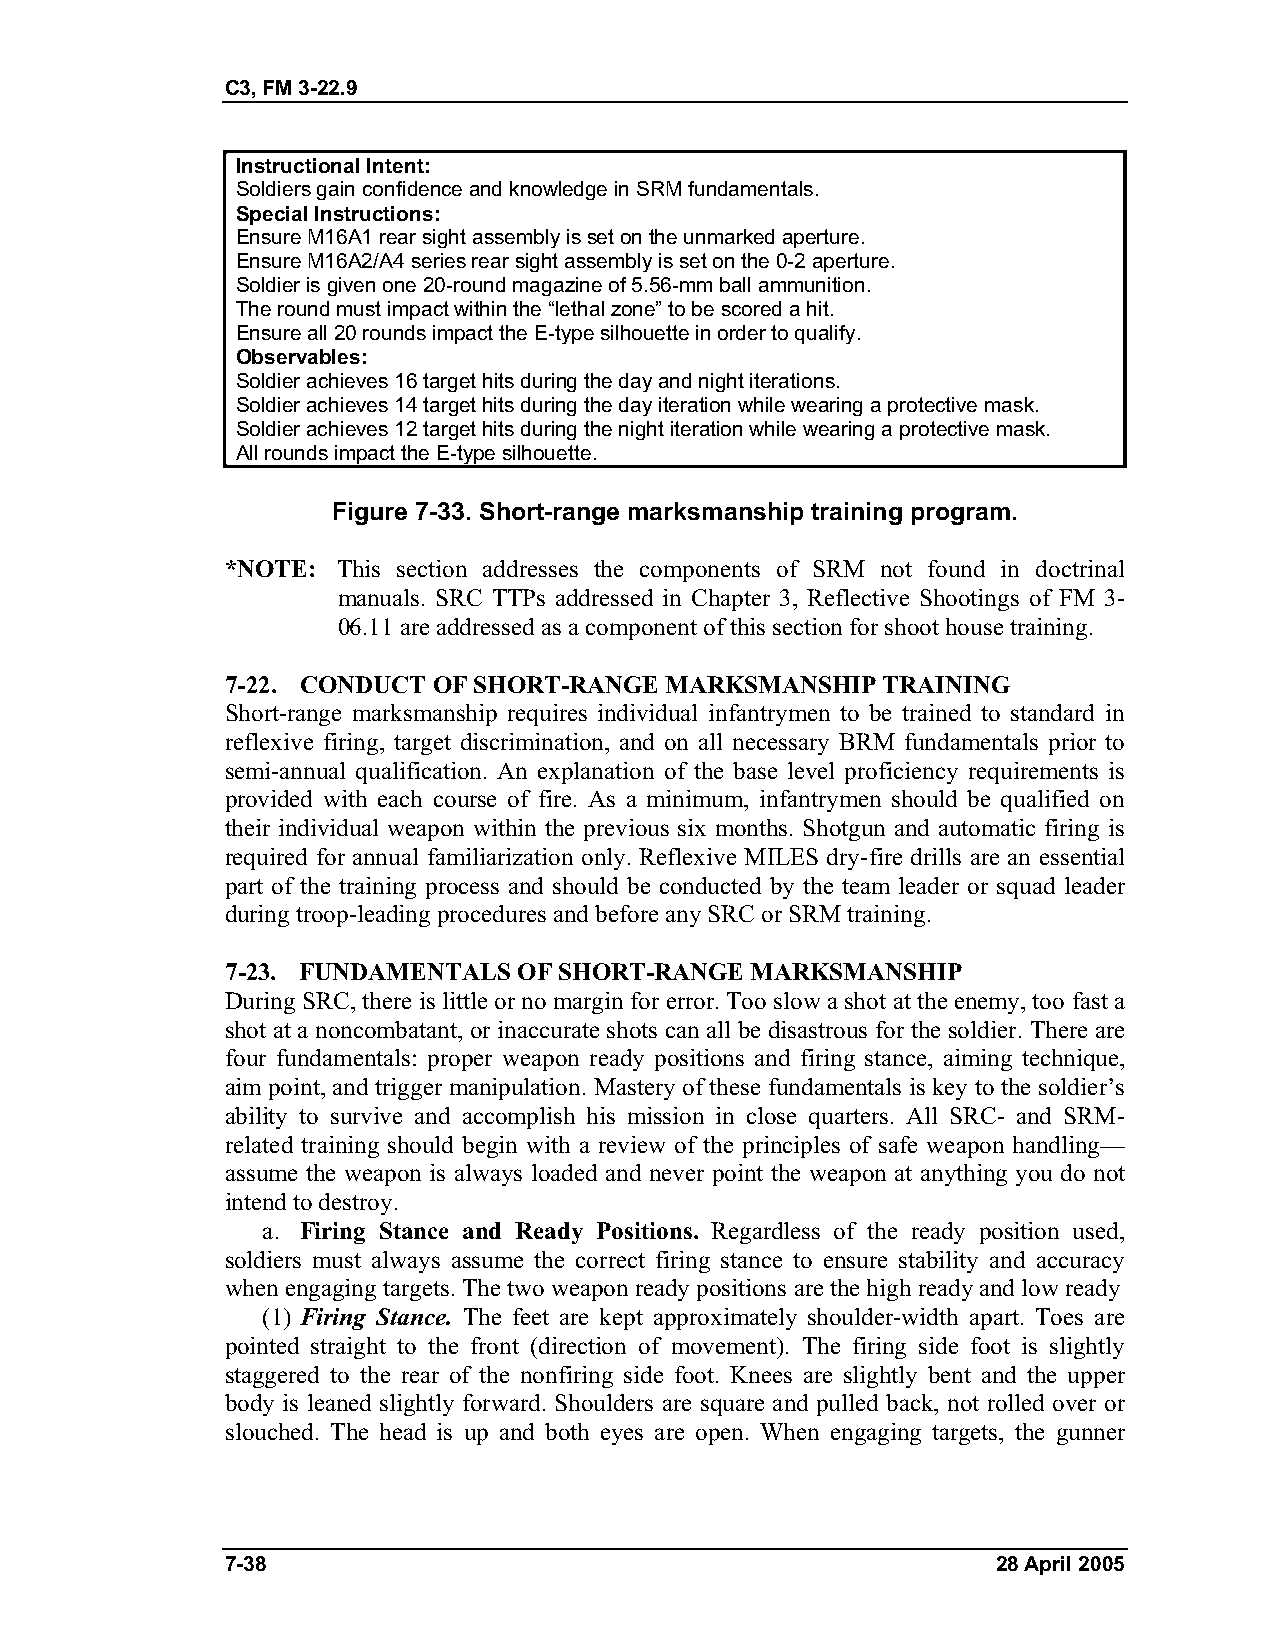
C3, FM 3-22.9
 Instructional Intent:
 Soldiers gain confidence and knowledge in SRM fundamentals.
 Special Instructions:
 Ensure M16A1 rear sight assembly is set on the unmarked aperture.
 Ensure M16A2/A4 series rear sight assembly is set on the 0-2 aperture.
 Soldier is given one 20-round magazine of 5.56-mm ball ammunition.
 The round must impact within the “lethal zone” to be scored a hit.
 Ensure all 20 rounds impact the E-type silhouette in order to qualify.
 Observables:
 Soldier achieves 16 target hits during the day and night iterations.
 Soldier achieves 14 target hits during the day iteration while wearing a protective mask.
 Soldier achieves 12 target hits during the night iteration while wearing a protective mask.
 All rounds impact the E-type silhouette.
 Figure 7-33. Short-range marksmanship training program.
 *NOTE: This section addresses the components of SRM not found in doctrinal
 manuals. SRC TTPs addressed in Chapter 3, Reflective Shootings of FM 3-
 06.11 are addressed as a component of this section for shoot house training.
 7-22. CONDUCT OF SHORT-RANGE MARKSMANSHIP  TRAINING
 Short-range marksmanship requires individual infantrymen to be trained to standard in
 reflexive firing, target discrimination, and on all necessary BRM fundamentals prior to
 semi-annual qualification. An explanation of the base level proficiency requirements is
 provided with each course of fire. As a minimum, infantrymen should be qualified on
 their individual weapon within the previous six months. Shotgun and automatic firing is
 required for annual familiarization only. Reflexive MILES dry-fire drills are an essential
 part of the training process and should be conducted by the team leader or squad leader
 during troop-leading procedures and before any SRC or SRM training.
 7-23. FUNDAMENTALS OF SHORT-RANGE  MARKSMANSHIP
 During SRC, there is little or no margin for error. Too slow a shot at the enemy, too fast a
 shot at a noncombatant, or inaccurate shots can all be disastrous for the soldier. There are
 four fundamentals: proper weapon ready positions and firing stance, aiming technique,
 aim point, and trigger manipulation. Mastery of these fundamentals is key to the soldier’s
 ability to survive and accomplish his mission in close quarters. All SRC- and SRM-
 related training should begin with a review of the principles of safe weapon handling—
 assume the weapon is always loaded and never point the weapon at anything you do not
 intend to destroy.
 a. Firing Stance and Ready Positions. Regardless of the ready position used,
 soldiers must always assume the correct firing stance to ensure stability and accuracy
 when engaging targets. The two weapon ready positions are the high ready and low ready
 (1) Firing Stance. The feet are kept approximately shoulder-width apart. Toes are
 pointed straight to the front (direction of movement). The firing side foot is slightly
 staggered to the rear of the nonfiring side foot. Knees are slightly bent and the upper
 body is leaned slightly forward. Shoulders are square and pulled back, not rolled over or
 slouched. The head is up and both eyes are open. When engaging targets, the gunner
 7-38                                               28 April 2005